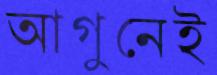
আগুনেই